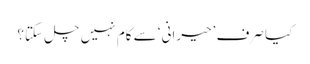
کیا صرف ’حیرانی‘ سے کام نہیں چل سکتا؟